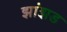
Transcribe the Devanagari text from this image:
झांझड